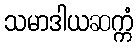
သမာဒါယဆက္ကံ